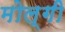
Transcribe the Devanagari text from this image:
मोल्गी